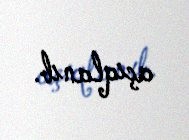
açıqlanıb.